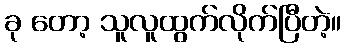
ခု တော့ သူလူထွက်လိုက်ပြီတဲ့။